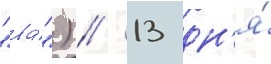
"ва́") // 13 дн'я́